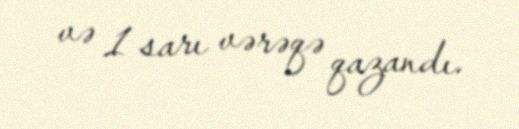
və 1 sarı vərəqə qazandı.